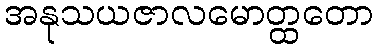
အနုသယဇာလမောတ္ထတော